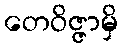
တေဝိဇ္ဇာမှိ